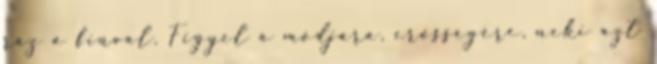
ráz a fiúval. Figyel a módjára, erősségére, neki azt